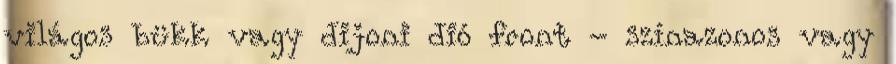
világos bükk vagy dijoni dió front - színazonos vagy